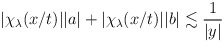
\begin{align*} \begin{aligned}|\chi_\lambda(x/t)||a|+|\chi_\lambda(x/t)||b|&\lesssim \frac{1}{|y|}\end{aligned} \end{align*}